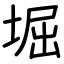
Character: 堀